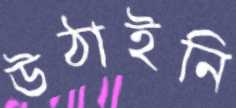
উঠাইনি